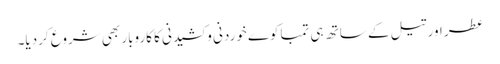
عطر اور تیل کے ساتھ ہی تمباکوے خوردنی و کشیدنی کا کاروبار بھی شروع کردیا۔